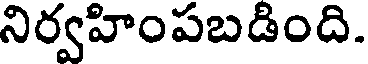
నిర్వహింపబడింది.